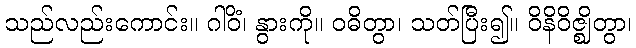
သည်လည်းကောင်း။ ဂါဝိံ၊ နွားကို။ ဝဓိတွာ၊ သတ်ပြီး၍။ ဝိနိဝိဇ္ဈိတွာ၊